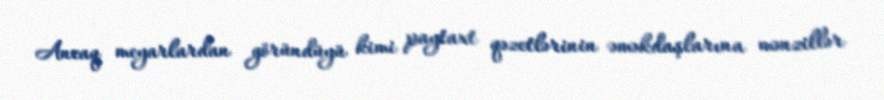
Ancaq meyarlardan göründüyü kimi paytaxt qəzetlərinin əməkdaşlarına mənzillər